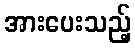
အားပေးသည့်